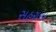
સહરાના